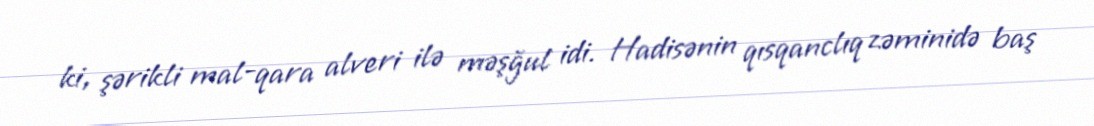
ki, şərikli mal-qara alveri ilə məşğul idi. Hadisənin qısqanclıq zəminidə baş